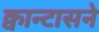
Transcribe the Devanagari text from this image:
क्वान्टासने